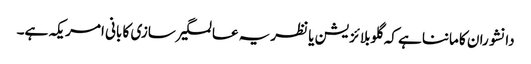
دانشوران کا ماننا ہے کہ گلوبلائزیشن یا نظریہ عالمگیر سازی کا بانی امریکہ ہے۔